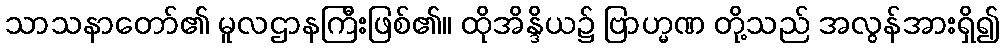
သာသနာတော်၏ မူလဌာနကြီးဖြစ်၏။ ထိုအိန္ဒိယ၌ ဗြာဟ္မဏ တို့သည် အလွန်အားရှိ၍